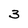
Character: 3